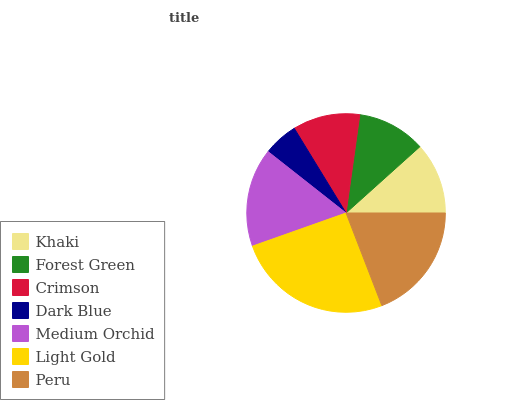
| Khaki | Forest Green | Crimson | Dark Blue | Medium Orchid | Light Gold | Peru |
 | --- | --- | --- | --- | --- | --- | --- |
 | 11.6% | 11.2% | 10.9% | 5.65% | 16.1% | 25.5% | 19.1% |